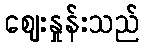
ဈေးနှုန်းသည်